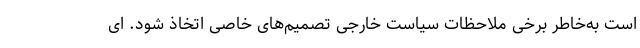
است به‌خاطر برخی ملاحظات سیاست خارجی تصمیم‌های خاصی اتخاذ شود. ای